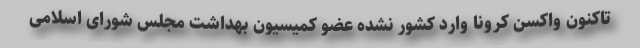
تاکنون واکسن کرونا وارد کشور نشده عضو کمیسیون بهداشت مجلس شورای اسلامی